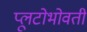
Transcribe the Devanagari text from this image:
प्लूटोभोवती